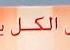
الكل